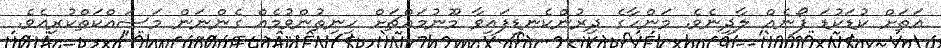
އަތަށް ކުޑަކުޑަ ފޯނެއް ލާދިނެވެ. މަންހާގެ ދިރުންކެނޑިފައިވާ މޫނުމައްޗަށް ހިނިތުންވުމެއް ގެންނަން މަސައްކަތްކުރިއެވެ.